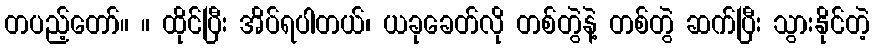
တပည့်တော်။ ။ ထိုင်ပြီး အိပ်ရပါတယ်၊ ယခုခေတ်လို တစ်တွဲနဲ့ တစ်တွဲ ဆက်ပြီး သွားနိုင်တဲ့